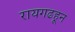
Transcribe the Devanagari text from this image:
रायगढहून